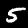
Digit: 5